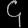
Digit: ၄